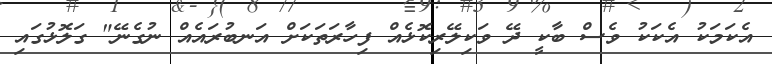
އެކަމަކު އެކަކު ވެސް ބާކީ ދޭ ވަކިލޭރިކޮޅެއް ފިހާރަތަކަށް އަނބުރައެއް ނުގެނޭ" ގަލޮޅުގައި